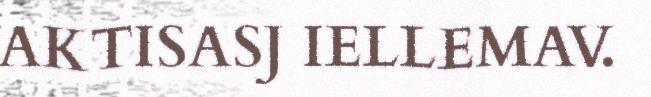
AKTISASJ IELLEMAV.